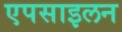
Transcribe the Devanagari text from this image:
एपसाइलन